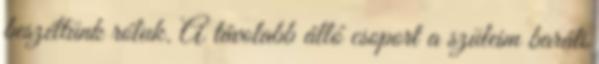
beszéltünk róluk. A távolabb álló csoport a szüleim baráti